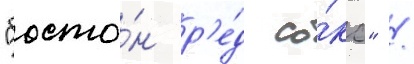
"босто́н р'е́д со́кс" /